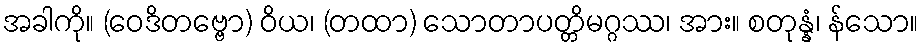
အခါကို။ (ဝေဒိတဗ္ဗော) ဝိယ၊ (တထာ) သောတာပတ္တိမဂ္ဂဿ၊ အား။ စတုန္နံ၊ န်သော။